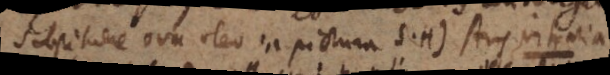
Substituere ova oleo in pictura S.H) Ars vitraria